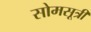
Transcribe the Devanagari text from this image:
सोमसूत्री